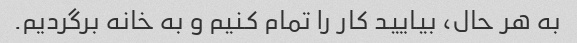
به هر حال، بیایید کار را تمام کنیم و به خانه برگردیم.